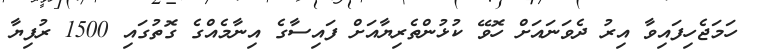
ހަމަޖެހިފައިވާ އިރު ދެވަނައަށް ހޮވޭ ކުޅުންތެރިޔާއަށް ފައިސާގެ އިނާމެއްގެ ގޮތުގައި 1500 ރުފިޔާ